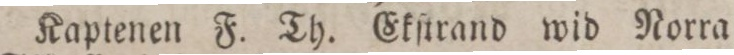
Kaptenen F. Th. Ekſtrand wid Norra